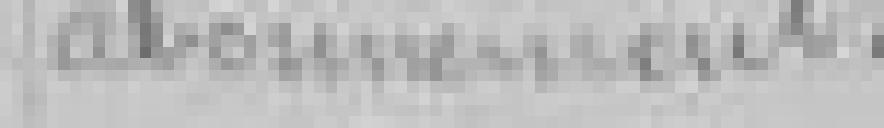
abonnement.